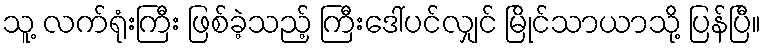
သူ့ လက်ရုံးကြီး ဖြစ်ခဲ့သည့် ကြီးဒေါ်ပင်လျှင် မြိုင်သာယာသို့ ပြန်ပြီ။